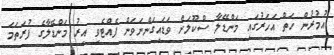
އުމުރުން ހަތް އަހަރުގައި މަންޑޭލާ ސްކޫލަށް ވަޑައިގަންނަވަން ފެއްޓެވި އިރު މަންޑޭލާގެ ފުރަތަމަ